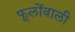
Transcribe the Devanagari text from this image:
फूलोंवाली